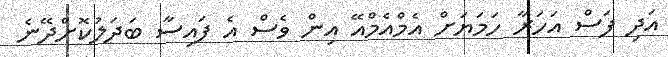
އަދި ފަސް އަހަރާ ހަމަޔަށް އެމްއެމްއޭ އިން ވެސް އެ ފައިސާ ބަދަލުކޮށްދޭނެ